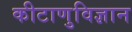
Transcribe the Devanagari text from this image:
कीटाणुविज्ञान